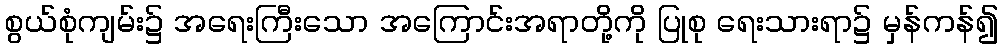
စွယ်စုံကျမ်း၌ အရေးကြီးသော အကြောင်းအရာတို့ကို ပြုစု ရေးသားရာ၌ မှန်ကန်၍